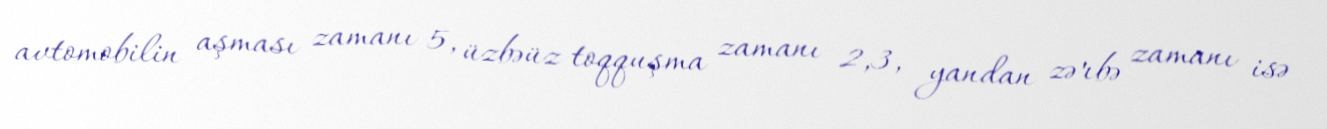
avtomobilin aşması zamanı 5, üzbəüz toqquşma zamanı 2,3, yandan zərbə zamanı isə